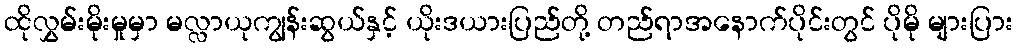
ထိုလွှမ်းမိုးမှုမှာ မလ္လာယုကျွန်းဆွယ်နှင့် ယိုးဒယားပြည်တို့ တည်ရာအနောက်ပိုင်းတွင် ပိုမို များပြား